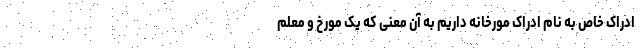
ادراک خاص به نام ادراک مورخانه داریم به آن معنی که یک مورخ و معلم